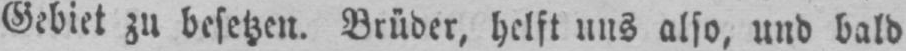
Gebiet zu besetzen. Brüder, helft uns also, und bald